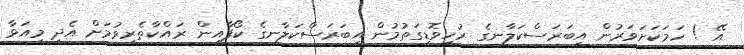
އޭ ! ހަމަކަށަވަރުން އިބަރަސްކަލާނގެ ރުހިވޮޑިގަތުމުން އިބަރަސްކަލާނގެ ކޯފާއިން ރައްކާތެރިވުމަށް އެދި މިއަޅާ